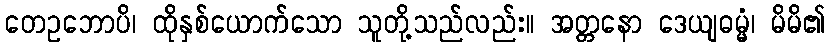
တေဥဘောပိ၊ ထိုနှစ်ယောက်သော သူတို့သည်လည်း။ အတ္တနော ဒေယျဓမ္မံ၊ မိမိ၏